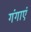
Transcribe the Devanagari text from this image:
गंगाएं